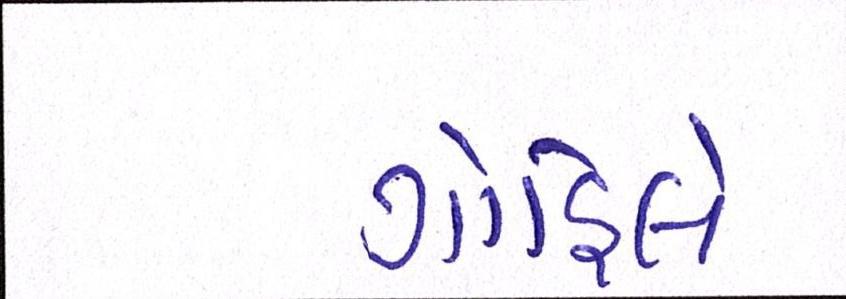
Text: ગોહિલે